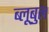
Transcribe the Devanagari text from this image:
ब्लूबुल